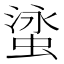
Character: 𬠘